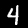
Label: 4